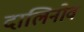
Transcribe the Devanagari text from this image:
दालिनोव